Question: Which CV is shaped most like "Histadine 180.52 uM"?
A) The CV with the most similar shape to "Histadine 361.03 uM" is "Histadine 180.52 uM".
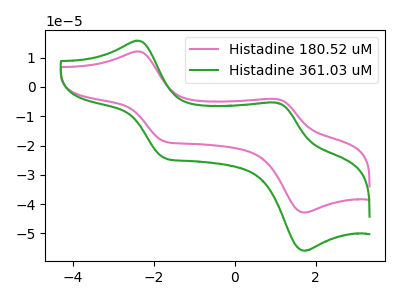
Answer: <think>The pink curve "Histadine 180.52 uM" has anodic peaks at (-2.45V, 12.10uA) (1.05V, -4.10uA) and cathodic peaks at (-1.75V, -18.60uA) (1.70V, -42.85uA). The green curve "Histadine 361.03 uM" has anodic peaks at (-2.45V, 15.75uA) (1.05V, -5.35uA) and cathodic peaks at (-1.75V, -24.25uA) (1.70V, -55.90uA).
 All the peaks in "Histadine 180.52 uM" have a peak in "Histadine 361.03 uM" at the same potential.</think>
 <answer>A) The CV with the most similar shape to "Histadine 361.03 uM" is "Histadine 180.52 uM".</answer>
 <eval>A</eval>